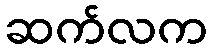
ဆက်လက